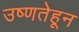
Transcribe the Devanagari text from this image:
उष्णतेहून